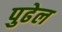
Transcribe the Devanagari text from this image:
पुढेल